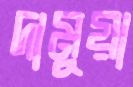
দামুয়া